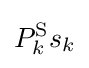
P_{k}^{\text{S}}s_{k}